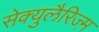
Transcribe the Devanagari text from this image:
सेक्युलैरिज्म़